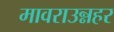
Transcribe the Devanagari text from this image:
मावराउन्नहर